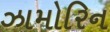
ઝામોરિન